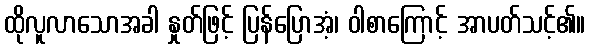
ထိုလူလာသောအခါ နှုတ်ဖြင့် ပြန်ပြောအံ့၊ ဝါစာကြောင့် အာပတ်သင့်၏။